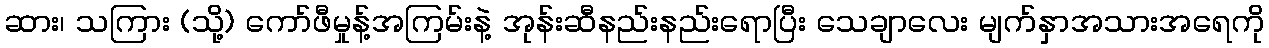
ဆား၊ သကြား (သို့) ကော်ဖီမှုန့်အကြမ်းနဲ့ အုန်းဆီနည်းနည်းရောပြီး သေချာလေး မျက်နှာအသားအရေကို